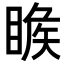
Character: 𥈑